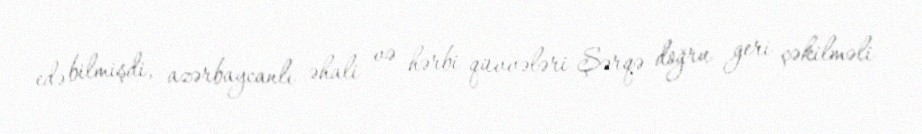
edə bilmişdi, azərbaycanlı əhali və hərbi qüvvələri Şərqə doğru geri çəkilməli